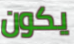
يكون